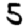
Digit: 5